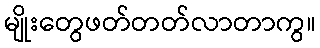
မျိုးတွေဖတ်တတ်လာတာကွ။